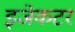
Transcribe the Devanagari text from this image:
इजेकटर